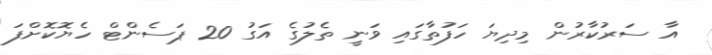
އާ ސަރުކާރުން މިދިޔަ ހަފުތާގައި ވަނީ ތެލުގެ އަގު 20 ޕަސެންޓް ހެޔޮކޮށްފަ